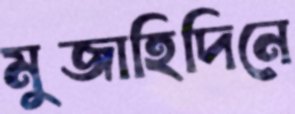
মুজাহিদিনে